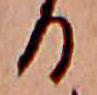
る